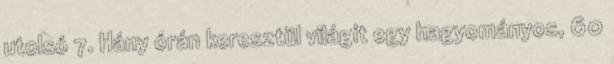
utolsó 7. Hány órán keresztül világít egy hagyományos, 60